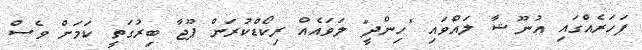
ފަހަރެއްގައި އުނޫޝާ ލައްވައި "ހިންދީ" ލަވައެއް ރިކޯޑްކުރަން ޕޫޖާ ބިރުގަތީ ކަމަށް ވެސް